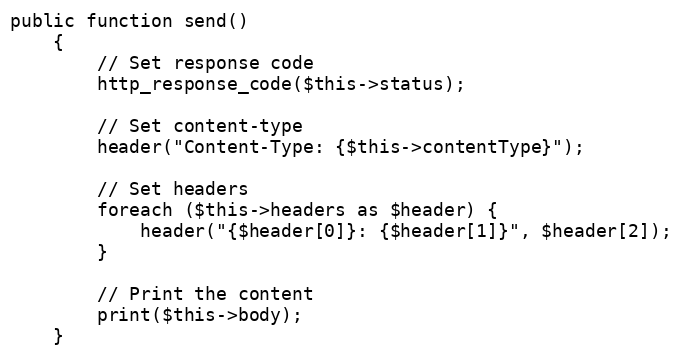
Language: PHP
public function send()
    {
        // Set response code
        http_response_code($this->status);

        // Set content-type
        header("Content-Type: {$this->contentType}");

        // Set headers
        foreach ($this->headers as $header) {
            header("{$header[0]}: {$header[1]}", $header[2]);
        }

        // Print the content
        print($this->body);
    }